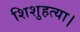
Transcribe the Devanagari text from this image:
शिशुहत्या।